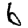
Digit: 6